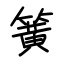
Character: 簧